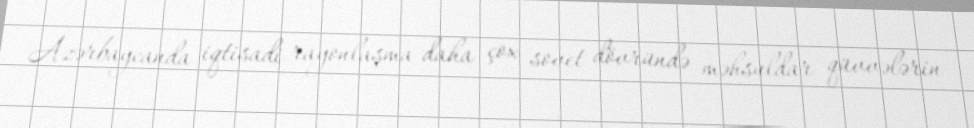
Azərbaycanda iqtisadi rayonlaşma daha çox sovet dövründə məhsuldar qüvvələrin